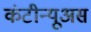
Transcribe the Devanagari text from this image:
कंटीन्यूअस